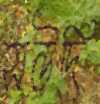
সউদি